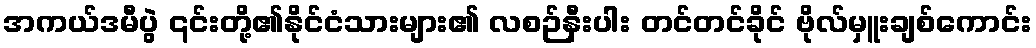
အကယ်ဒမီပွဲ ၎င်းတို့၏နိုင်ငံသားများ၏ လစဉ်နီးပါး တင်တင်ခိုင် ဗိုလ်မှူးချစ်ကောင်း